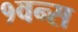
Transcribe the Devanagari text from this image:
१वन्स